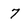
Character: 7